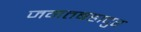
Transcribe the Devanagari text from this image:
जगतबहादुर